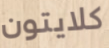
كلايتون